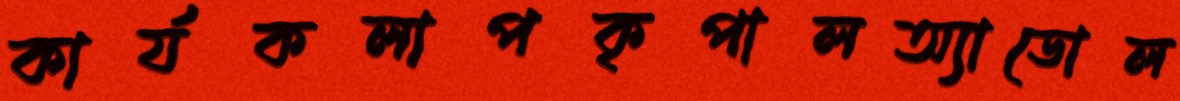
কার্যকলাপকৃপালঅ্যাডোল